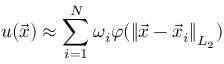
u ( \vec { x } ) \approx \sum _ { i = 1 } ^ { N } \omega _ { i } \varphi ( \left\lVert \vec { x } - \vec { x } _ { i } \right\rVert _ { L _ { 2 } } )